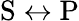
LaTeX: \mathrm{S}\leftrightarrow\mathrm{P}